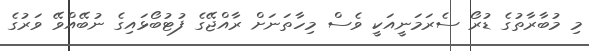
މި މުބާރާތުގެ ޑުރޯ ސެރަމަނީއަކީ ވެސް މިހާތަނަށް ރާއްޖޭގެ ފުޓުބޯޅައިގެ ނުބޭއްވޭ ވަރުގެ